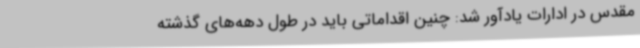
مقدس در ادارات یادآور شد: چنین اقداماتی باید در طول دهه‌های گذشته